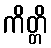
ကိတ္တိ